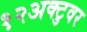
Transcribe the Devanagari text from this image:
१२अक्टुवर